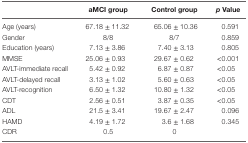
|  | aMCI group | Control group | p Value |
 | --- | --- | --- | --- |
 | Age (years) | 67.18 ± 11.32 | 65.06 ± 10.36 | 0.591 |
 | Gender | 8/8 | 8/7 | 0.859 |
 | Education (years) | 7.13 ± 3.86 | 7.40 ± 3.13 | 0.805 |
 | MMSE | 25.06 ± 0.93 | 29.67 ± 0.62 | <0.001 |
 | AVLT-immediate recall | 5.42 ± 0.92 | 6.87 ± 0.87 | <0.05 |
 | AVLT-delayed recall | 3.13 ± 1.02 | 5.60 ± 0.63 | <0.05 |
 | AVLT-recognition | 6.50 ± 1.32 | 10.80 ± 1.32 | <0.05 |
 | CDT | 2.56 ± 0.51 | 3.87 ± 0.35 | <0.05 |
 | ADL | 21.5 ± 3.41 | 19.67 ± 2.47 | 0.096 |
 | HAMD | 4.19 ± 1.72 | 3.6 ± 1.68 | 0.345 |
 | CDR | 0.5 | 0 |  |